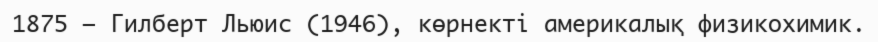
1875 — Гилберт Льюис (1946), көрнекті америкалық физикохимик.